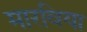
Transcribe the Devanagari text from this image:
मारविया